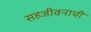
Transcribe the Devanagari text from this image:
सहजीवनाची